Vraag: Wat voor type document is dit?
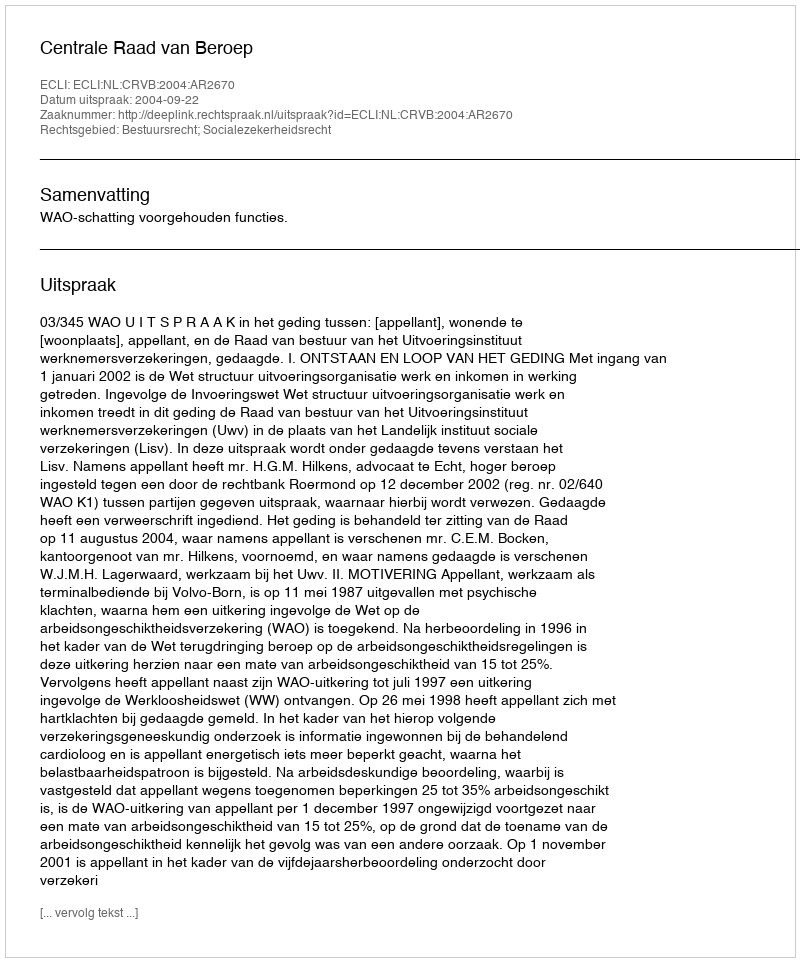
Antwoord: Uitspraak